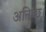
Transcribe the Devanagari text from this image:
अनिच्छ।